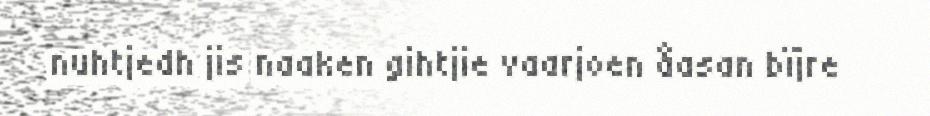
nuhtjedh jis naaken gihtjie vaarjoen åasan bïjre